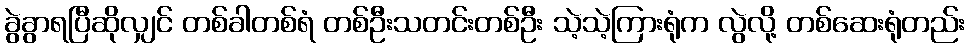
ခွဲခွာရပြီဆိုလျှင် တစ်ခါတစ်ရံ တစ်ဦးသတင်းတစ်ဦး သဲ့သဲ့ကြားရုံက လွဲလို့ တစ်ဆေးရုံတည်း